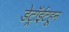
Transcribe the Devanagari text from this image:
डेट्रॉईटहून